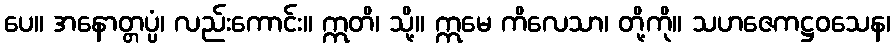
ပေ။ အနောတ္တပ္ပံ၊ လည်းကောင်း။ ဣတိ၊ သို့။ ဣမေ ကိလေသာ၊ တို့ကို။ သဟဇေကဋ္ဌဝသေန၊